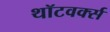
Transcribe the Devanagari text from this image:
थॉटवर्क्स